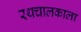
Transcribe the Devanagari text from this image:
रथचालकाला